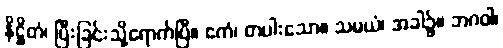
နိဋ္ဌိတံ၊ ပြီးခြင်းသို့ရောက်ပြီ။ ဧကံ၊ တပါးသော။ သမယံ၊ အခါ၌။ ဘဂဝါ၊